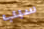
سبب